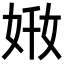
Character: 𡜘